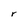
Character: r